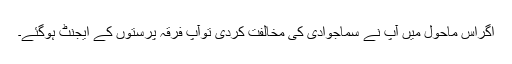
اگراس ماحول میں آپ نے سماجوادی کی مخالفت کردی توآپ فرقہ پرستوں کے ایجنٹ ہوگئے۔